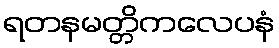
ရတနမတ္တိကလေပနံ